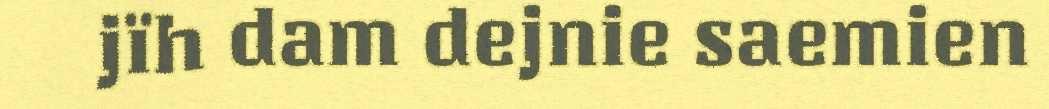
jïh dam dejnie saemien